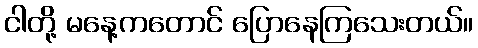
ငါတို့ မနေ့ကတောင် ပြောနေကြသေးတယ်။